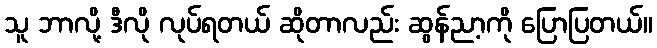
သူ ဘာလို့ ဒီလို လုပ်ရတယ် ဆိုတာလည်း ဆွန်ညာ့ကို ပြောပြတယ်။